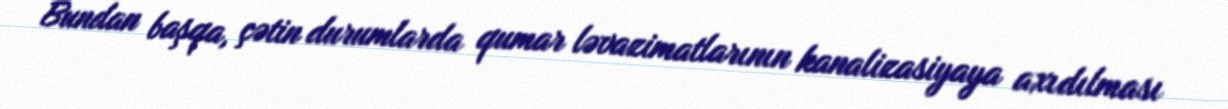
Bundan başqa, çətin durumlarda qumar ləvazimatlarının kanalizasiyaya axıdılması